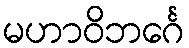
မဟာဝိဘင်္ဂေ